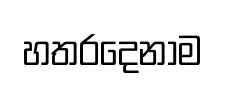
හතරදෙනාම